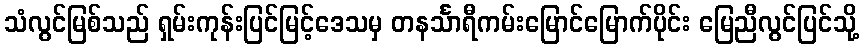
သံလွင်မြစ်သည် ရှမ်းကုန်းပြင်မြင့်ဒေသမှ တနင်္သာရီကမ်းမြောင်မြောက်ပိုင်း မြေညီလွင်ပြင်သို့